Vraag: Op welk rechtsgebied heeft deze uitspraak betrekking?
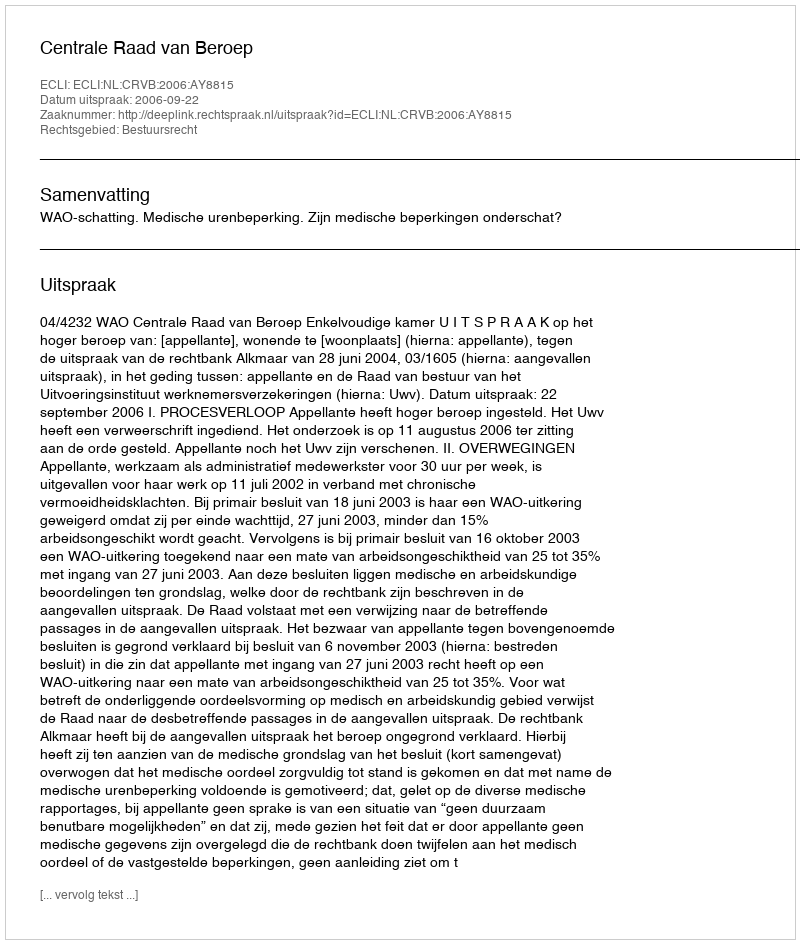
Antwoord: Bestuursrecht